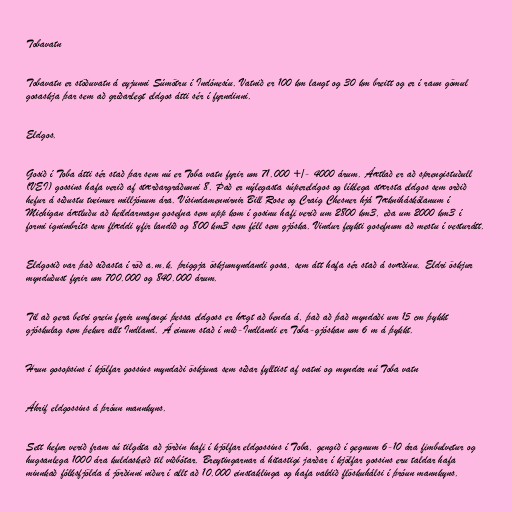
Tobavatn

Tobavatn er stöðuvatn á eyjunni Súmötru í Indónesíu. Vatnið er 100 km langt og 30 km breitt og er í raun gömul
gosaskja þar sem að gríðarlegt eldgos átti sér í fyrndinni.

Eldgos.

Gosið í Toba átti sér stað þar sem nú er Toba vatn fyrir um 71.000 +/- 4000 árum. Áætlað er að sprengistuðull
(VEI) gossins hafa verið af stærðargráðunni 8. Það er nýlegasta súpereldgos og líklega stærsta eldgos sem orðið
hefur á síðustu tveimur milljónum ára. Vísindamennirnir Bill Rose og Craig Chesner hjá Tækniháskólanum í
Michigan áætluðu að heildarmagn gosefna sem upp kom í gosinu hafi verið um 2800 km3, eða um 2000 km3 í
formi ignimbríts sem flæddi yfir landið og 800 km3 sem féll sem gjóska. Vindur feykti gosefnum að mestu í vesturátt.

Eldgosið var það síðasta í röð a.m.k. þriggja öskjumyndandi gosa, sem átt hafa sér stað á svæðinu. Eldri öskjur
mynduðust fyrir um 700.000 og 840.000 árum.

Til að gera betri grein fyrir umfangi þessa eldgoss er hægt að benda á, það að það myndaði um 15 cm þykkt
gjóskulag sem þekur allt Indland. Á einum stað í mið-Indlandi er Toba-gjóskan um 6 m á þykkt.

Hrun gosopsins í kjölfar gossins myndaði öskjuna sem síðar fylltist af vatni og myndar nú Toba vatn

Áhrif eldgossins á þróun mannkyns.

Sett hefur verið fram sú tilgáta að jörðin hafi í kjölfar eldgossins í Toba, gengið í gegnum 6-10 ára fimbulvetur og
hugsanlega 1000 ára kuldaskeið til viðbótar. Breytingarnar á hitastigi jarðar í kjölfar gossins eru taldar hafa
minnkað fólksfjölda á jörðinni niður í allt að 10.000 einstaklinga og hafa valdið flöskuhálsi í þróun mannkyns.